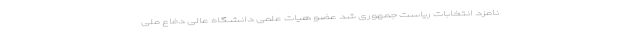
نامزد انتخابات ریاست جمهوری شد عضو هیات علمی دانشگاه عالی دفاع ملی